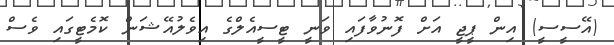
(އޭސީސީ) އިން ޕީޖީ އަށް ފޮނުވާފައި ވަނީ ޓީސީއެލްގެ އިވެލުއޭޝަން ކޮމެޓީގައި ވެސް